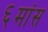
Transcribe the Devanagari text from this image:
६मांस